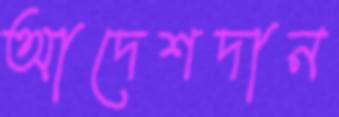
আদেশদান